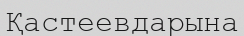
Қастеевдарына